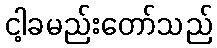
ငါ့ခမည်းတော်သည်